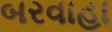
બરવાહા